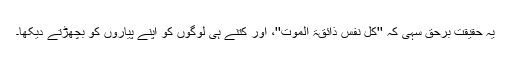
یہ حقیقت برحق سہی کہ ''کل نفس ذائقۃ الموت''، اور کتنے ہی لوگوں کو اپنے پیاروں کو بچھڑتے دیکھا۔